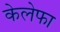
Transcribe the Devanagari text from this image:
केलेफा